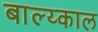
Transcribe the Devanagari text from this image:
बाल्य्काल